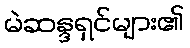
မဲဆန္ဒရှင်များ၏